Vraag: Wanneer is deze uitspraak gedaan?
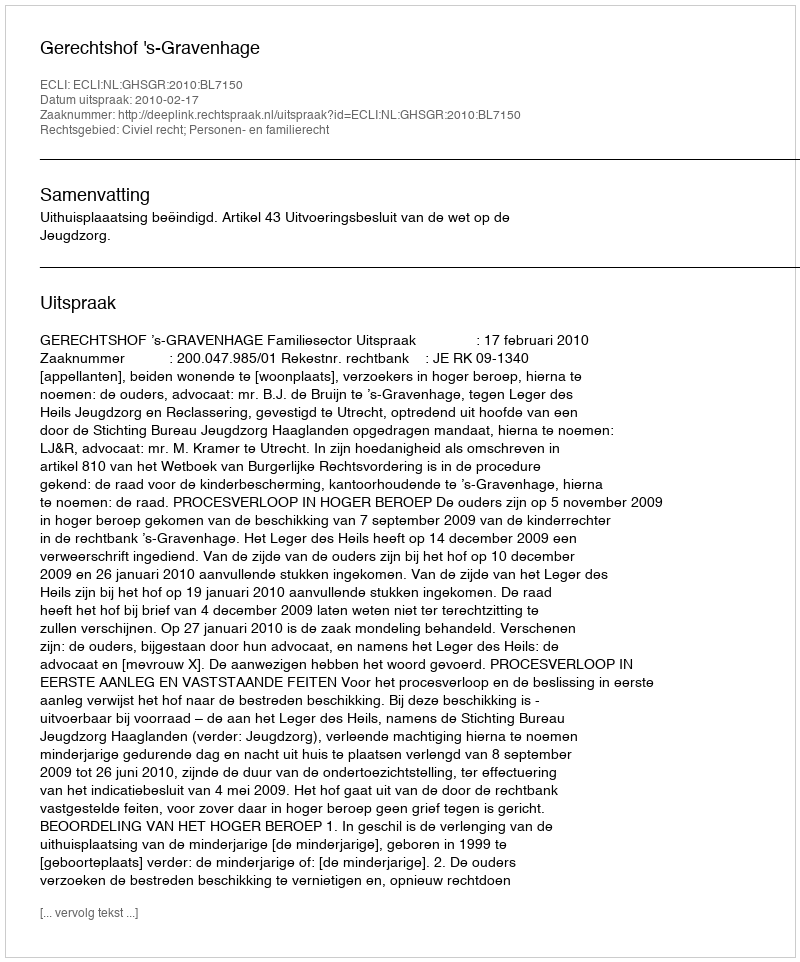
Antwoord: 2010-02-17